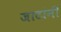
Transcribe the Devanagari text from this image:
जाटांनी